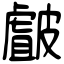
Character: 皻